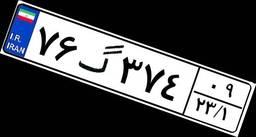
۷۶گ۳۷۴۰۹